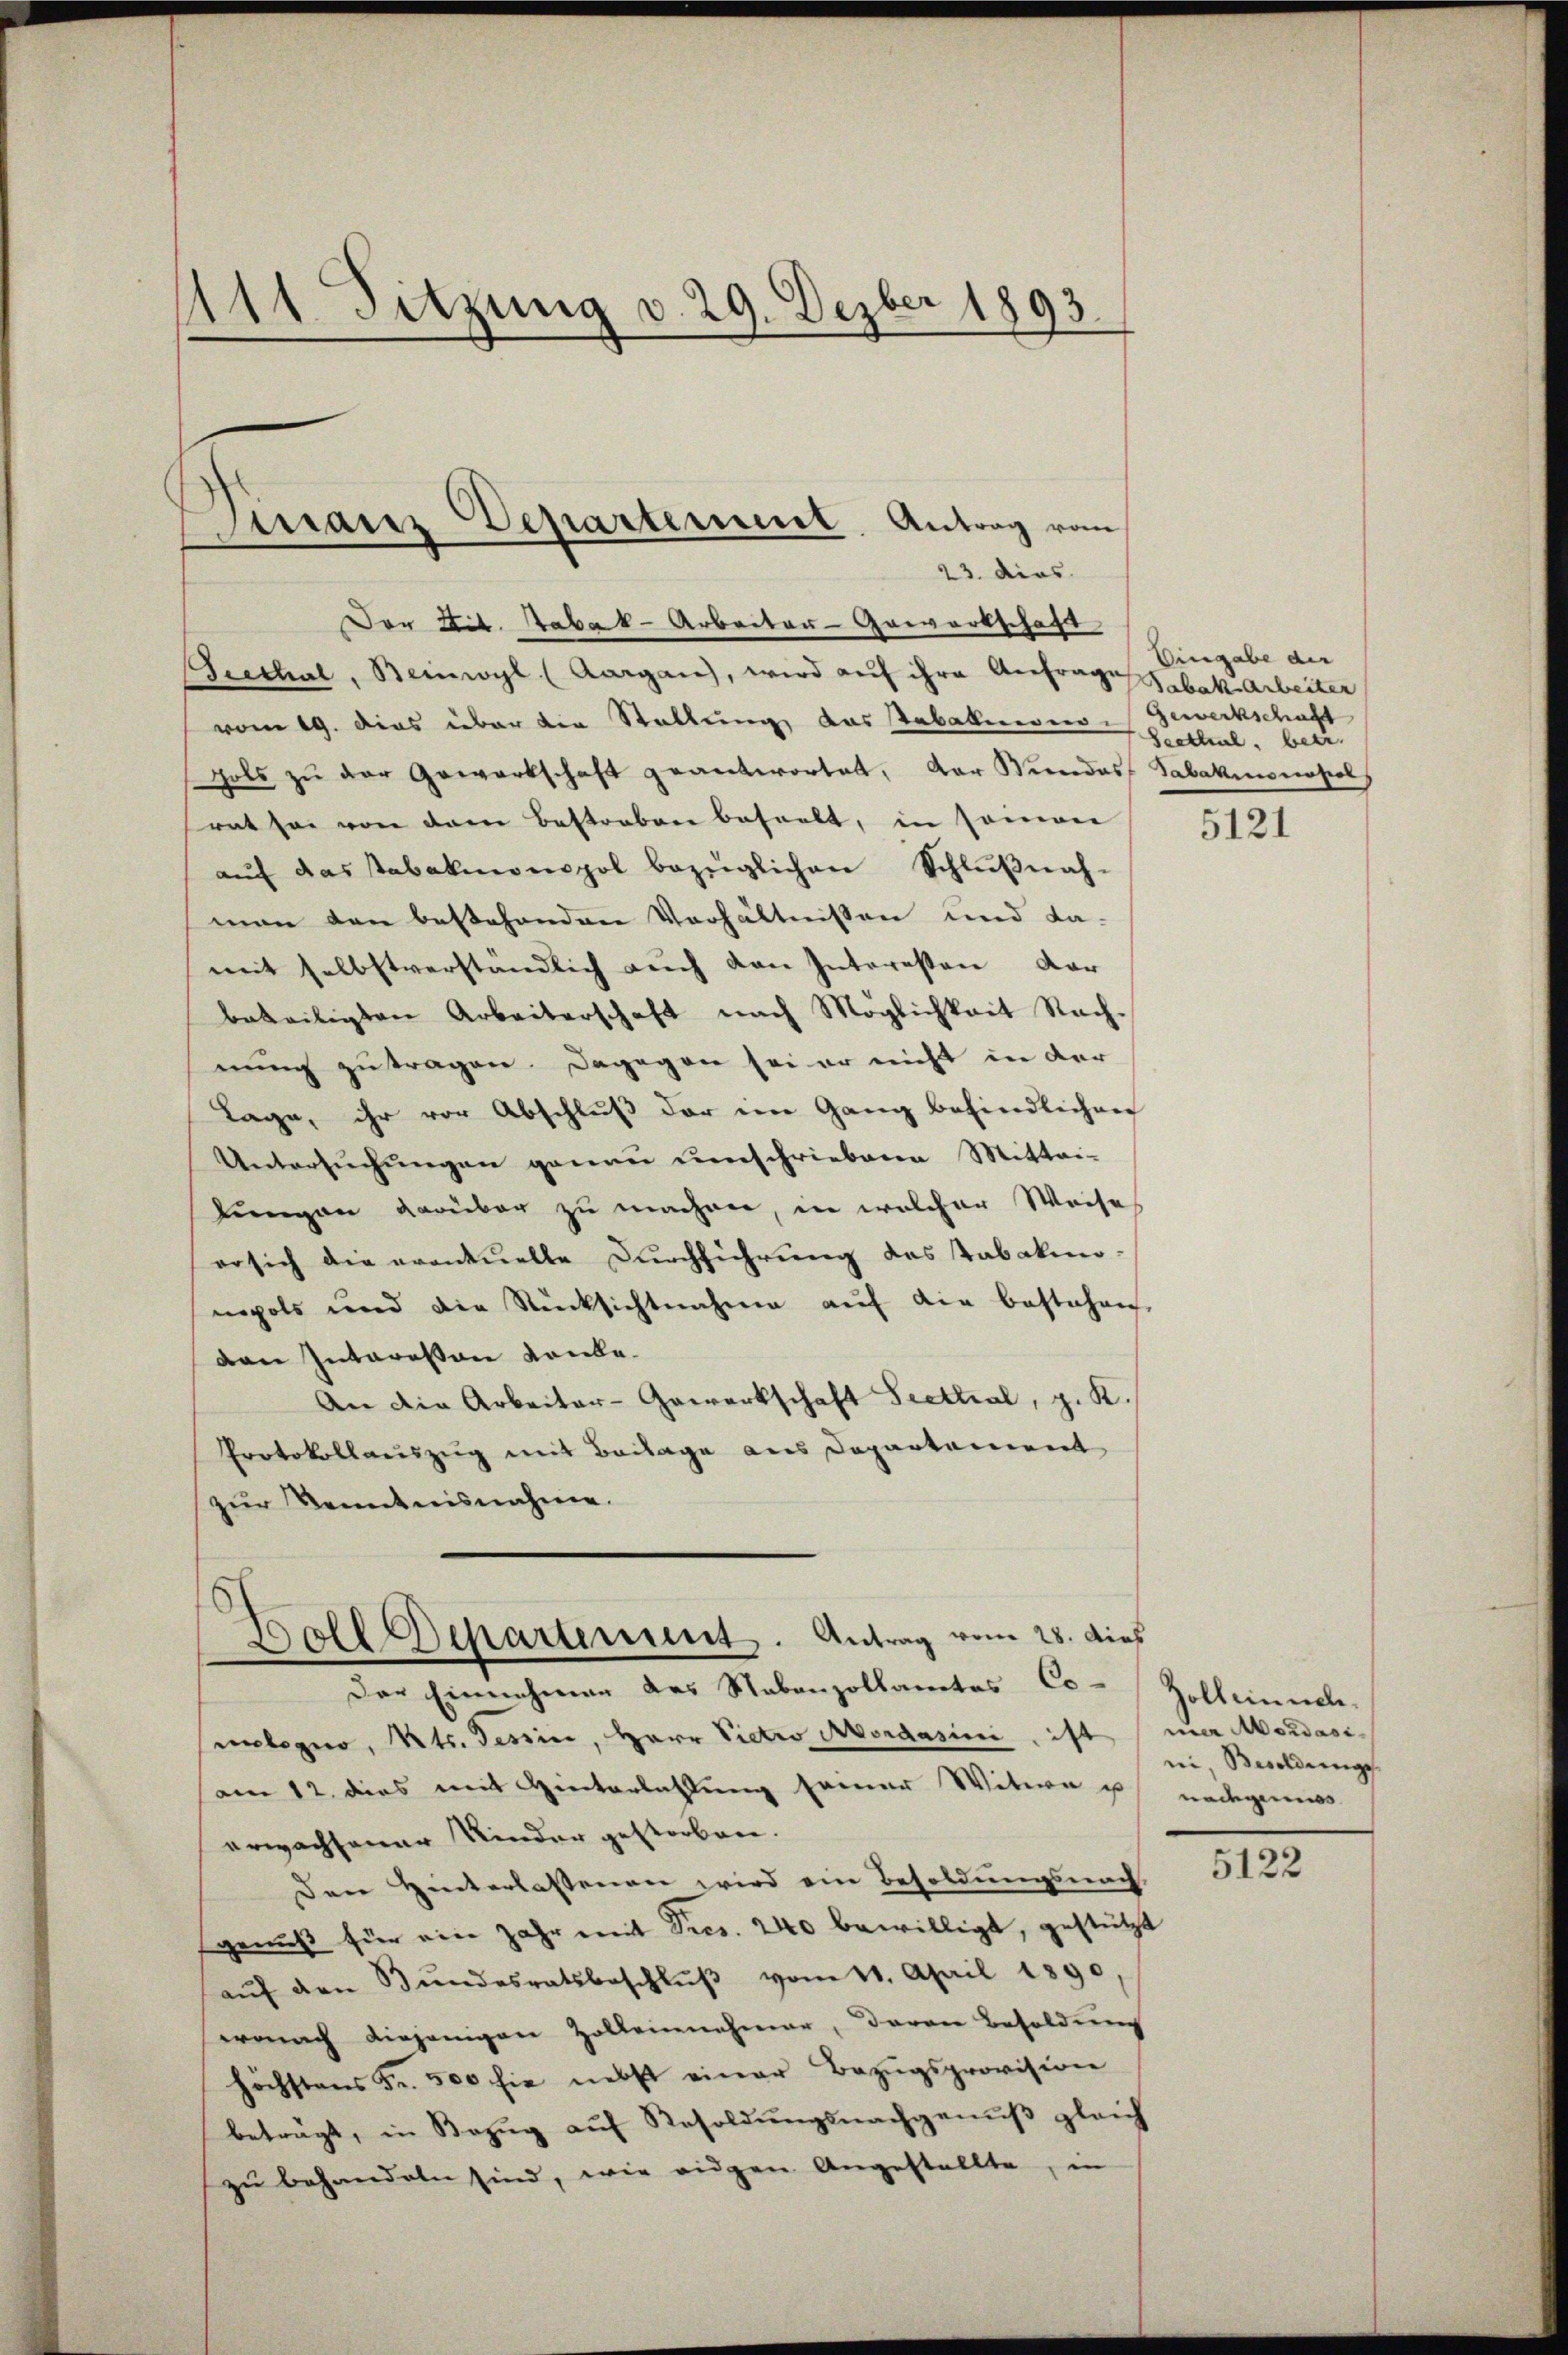
1111 Setzung v. 29. Dezber 1893.

Finanz Departement. Antrag vom
—
23. dies

Boll Departement. Antrag vom 28. dies

Dor Lit. Tabak- Arbeiter-Gewertschaft
rethal, Beinwyl (Aargau, wird auf ihre Anfrage Tabak Arbeiter
vom 19. dies über die Stellung das Stabalmono-Gewerkschaft
gals zŭ der Gewartschaft geantwortet, der Mindes Tabakmonopol
rat sei von dem Bestraben beseelt, in seinen
aŭf das Tabakmonopol bezüglichen Schlŭβnah-
man den bestehenden Verhältnissen und da-
mit selbstverständlich auch von Interesten der
beteiligten Arbeiterschaft nach Möglichkeit Nachnung zu tragen. Dagegen sei er nicht in der
Lage, ihr vor Abschluß der im Gang befindlichen
Untersŭchŭngen genau umschriebene Mittei-
Lungen darüber zu machen, in welcher Weise
ersich die eventuelle Durchführung des Tabakunmpols und die Rücksichtnahme aŭf die bestehen,
den Interessen vonbe¬
An die Arbeiter-Gewerkschaft Seettial, z. K.
Protokollauszug mit Beilage aus Departement
zur Kenntnisnahme.

Eingabe der
Seethal, betr.

Der Einnahmen des Nebenzollamtes Co-Zolleinsch-
melegio, Kts. Tessin, Herr Pietro Mordasini, ist mer Mordasiam 12. dies mit Hinterlassung seiner Witwe u nachgemei
erwachsener Kinder gestorben.
Den Hinterlassenen wird ein Besoldungsnach
genes für ein Jahr mit Decs. 240 bewilligt, gestützt
aŭf den Bŭndesratsbeschlŭβ vom 11. April 1890
wonach diejenigen Zollenenehmer, daran Besoldung
höchstens Fr. 500 sie nebst einer Bezŭgsprovision
beträgt, in Bezŭg aŭf Resoldŭngsnachgenŭβ gleich
zŭ behandeln sind, wie eigen Angestellte, in

5121

ni, Besoldungs

5122